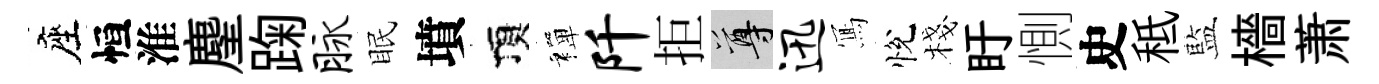
座恒淮麈踘脉眠墳頂禪阡拒尊迅𭂁悅棧盱惻史秪藍檣萧